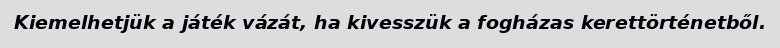
Kiemelhetjük a játék vázát, ha kivesszük a fogházas kerettörténetből.